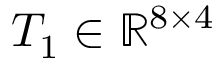
T _ { 1 } \in \mathbb { R } ^ { 8 \times 4 }